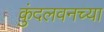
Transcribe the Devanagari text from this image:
कुंदलवनच्या